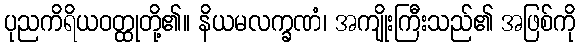
ပုညကိရိယဝတ္ထုတို့၏။ နိယမလက္ခဏံ၊ အကျိုးကြီးသည်၏ အဖြစ်ကို